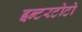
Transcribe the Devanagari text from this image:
इन्टरटोटो